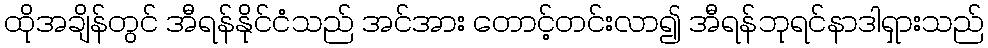
ထိုအချိန်တွင် အီရန်နိုင်ငံသည် အင်အား တောင့်တင်းလာ၍ အီရန်ဘုရင်နာဒါရှားသည်